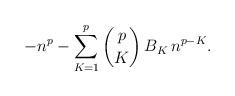
LaTeX: \begin{align*}-n^p - \sum_{K=1}^{p} \binom{p}{K} \, B_K \, n^{p-K}.\end{align*}